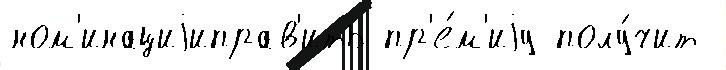
ном'инациjиправ'ить пр'е́м'иjу полу́чит